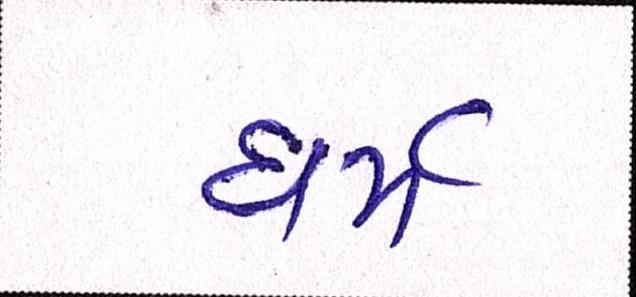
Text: ધર્મ